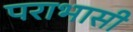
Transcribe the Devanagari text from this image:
पराभासी